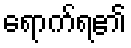
ရောက်ရ၏